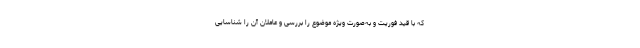
که با قید فوریت و به‌صورت ویژه موضوع را بررسی و عاملان آن را شناسایی